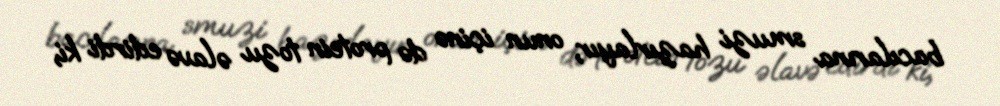
bacılarına smuzi hazırlayır, onun içinə də protein tozu əlavə edirdi ki,